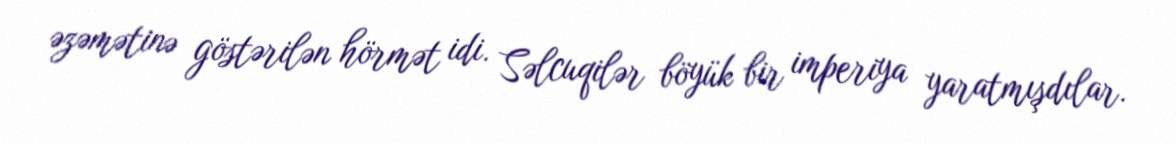
əzəmətinə göstərilən hörmət idi. Səlcuqilər böyük bir imperiya yaratmışdılar.